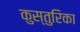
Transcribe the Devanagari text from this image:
कुस्तुरिका